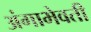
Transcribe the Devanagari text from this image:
अंगाभेवती